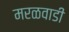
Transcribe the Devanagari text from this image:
मरळवाडी